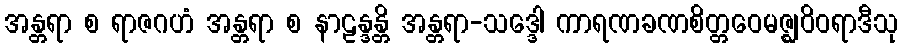
အန္တရာ စ ရာဇဂဟံ အန္တရာ စ နာဠန္ဒန္တိ အန္တရာ-သဒ္ဒေါ ကာရဏခဏစိတ္တဝေမဇ္ဈဝိဝရာဒီသု